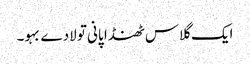
ایک گلاس ٹھنڈا پانی تو لادے بہو۔